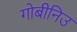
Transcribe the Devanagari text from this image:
गोबीनिउ